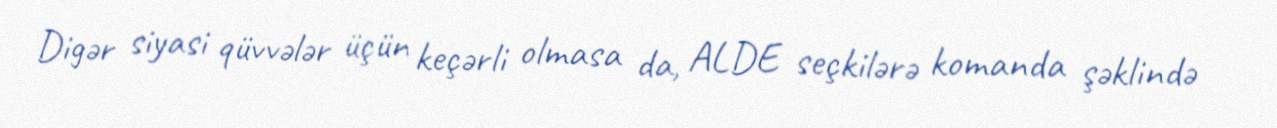
Digər siyasi qüvvələr üçün keçərli olmasa da, ALDE seçkilərə komanda şəklində